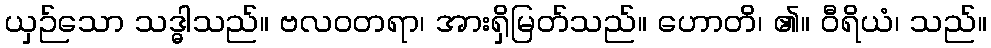
ယှဉ်သော သဒ္ဓါသည်။ ဗလဝတရာ၊ အားရှိမြတ်သည်။ ဟောတိ၊ ၏။ ဝီရိယံ၊ သည်။